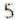
5